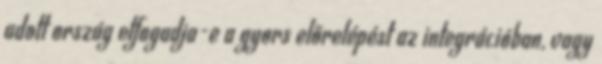
adott ország elfogadja-e a gyors előrelépést az integrációban, vagy